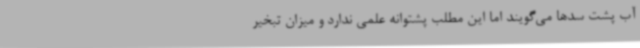
آب پشت سدها می‌گویند اما این مطلب پشتوانه علمی ندارد و میزان تبخیر